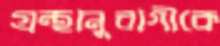
গ্রন্থানুরাগীকে